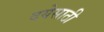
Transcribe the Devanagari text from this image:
दयेसाठी